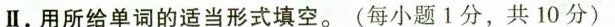
Ⅱ.用所给单词的适当形式填空.(每小题 1分,共 10 分)